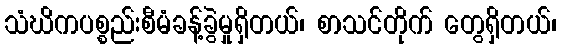
သံဃိကပစ္စည်းစီမံခန့်ခွဲမှုရှိတယ်၊ စာသင်တိုက် တွေရှိတယ်၊